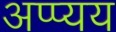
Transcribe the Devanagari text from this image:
अप्प्यय